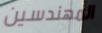
المهندسين